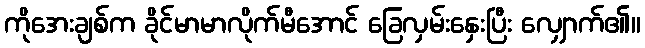
ကိုအေးချစ်က ခိုင်မာမာလိုက်မီအောင် ခြေလှမ်းနှေးပြီး လျှောက်၏။